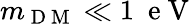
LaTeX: m_{\mathrm{~D~M~}}\ll 1\ \mathrm{~e~V~}